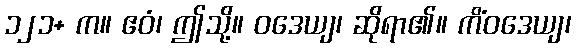
၁၂၁+ က။ ဧဝံ၊ ဤသို့။ ဝဒေယျ၊ ဆိုရာ၏။ ကိံဝဒေယျ၊